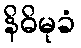
နိဓိမုခံ